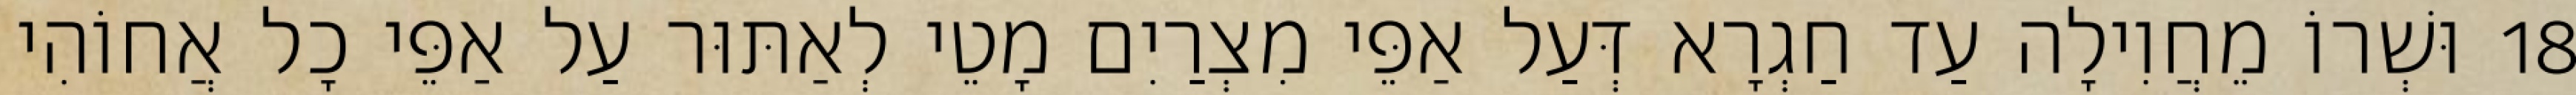
18 וּשְׁרוֹ מֵחֲוִילָה עַד חַגְרָא דְּעַל אַפֵּי מִצְרַיִם מָטֵי לְאַתּוּר עַל אַפֵּי כָל אֲחוֹהִי